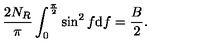
\frac { 2 N _ { R } } { \pi } \int _ { 0 } ^ { \frac { \pi } { 2 } } \sin ^ { 2 } f \mathrm { d } f = \frac { B } { 2 } .